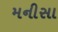
મનીસા